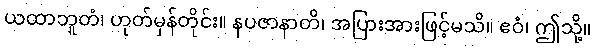
ယထာဘူတံ၊ ဟုတ်မှန်တိုင်း။ နပဇာနာတိ၊ အပြားအားဖြင့်မသိ။ ဧဝံ၊ ဤသို့။